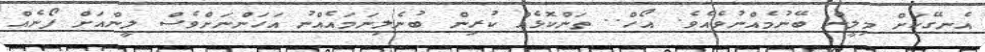
އެނގޭކަށް މިލީން ބޭނުމެއްނުވެއެވެ. އޯހް.. ތަންކޮޅެއް ކުރިން ބުނެލިނަމައެއްނު އަހަންނަށްވެސް ލީންއަށް ފޯނެއް